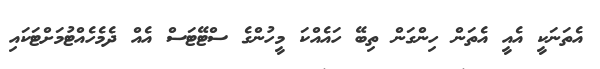
އެތަނަކީ އެއީ އެތަން ހިންގަން ތިބޭ ހައެއްކަ މީހުންގެ ސްޓޭޓަސް އެއް ދެމެހެއްޓުމަށްޓަަކައި